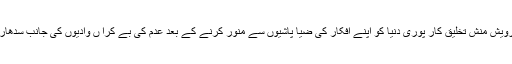
یہ درویش منش تخلیق کار پوری دنیا کو اپنے افکار کی ضیا پاشیوں سے منور کرنے کے بعد عدم کی بے کرا ں وادیوں کی جانب سدھار گیا۔